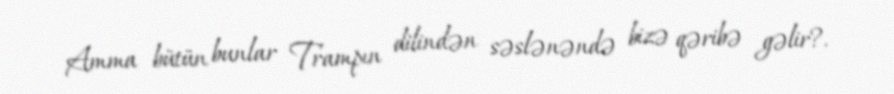
Amma bütün bunlar Trampın dilindən səslənəndə bizə qəribə gəlir?.